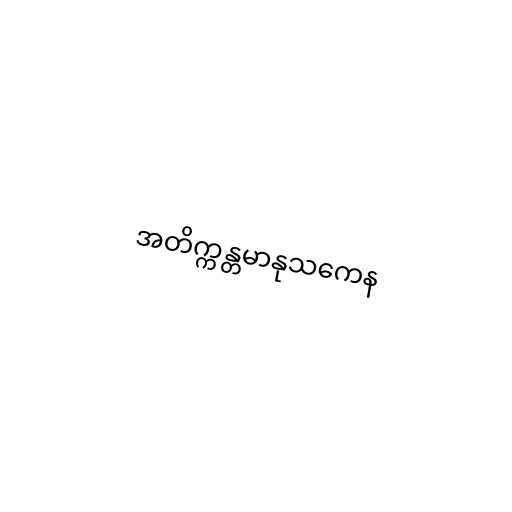
အတိက္ကန္တမာနုသကေန